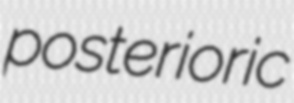
posterioric